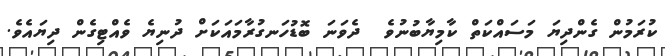
ކުރަމުން ގެންދިޔަ މަސައްކަތް ކާމިޔާބުނުވެ  ދެވަނަ ބޮޑުހަނގުރާމައަކަށް ދުނިޔެ ވެއްޓިގެން ދިޔައެވެ.